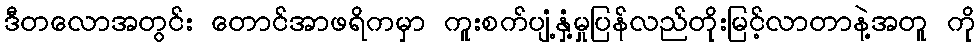
ဒီတလောအတွင်း တောင်အာဖရိကမှာ ကူးစက်ပျံ့နှံ့မှုပြန်လည်တိုးမြင့်လာတာနဲ့အတူ ကို